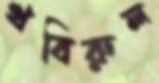
খবিরুল